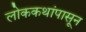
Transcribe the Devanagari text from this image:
लोककथांपासून